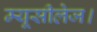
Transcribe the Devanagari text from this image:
म्यूसीलेज।